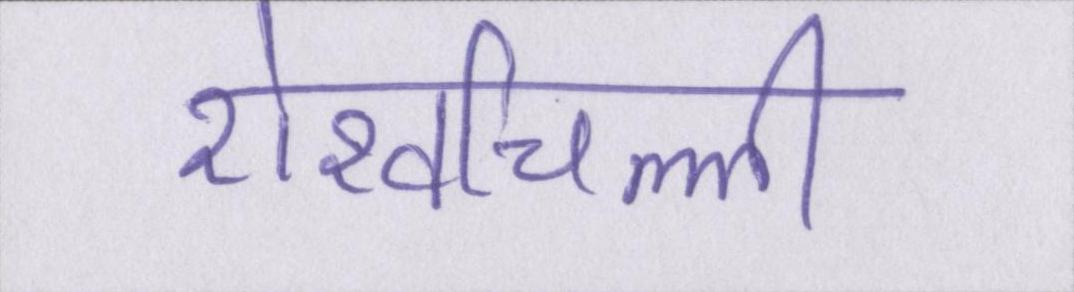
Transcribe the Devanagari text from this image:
शेखचिल्ली